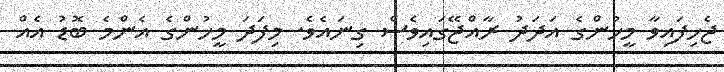
ޖެހިިފައިވާ މީހުންގެ އަދަދު ރާއްޖޭގައިވެސް ގިނައެވެ. މިފަދަ މީހުންގެ އެންމެ ބޮޑު އެއް